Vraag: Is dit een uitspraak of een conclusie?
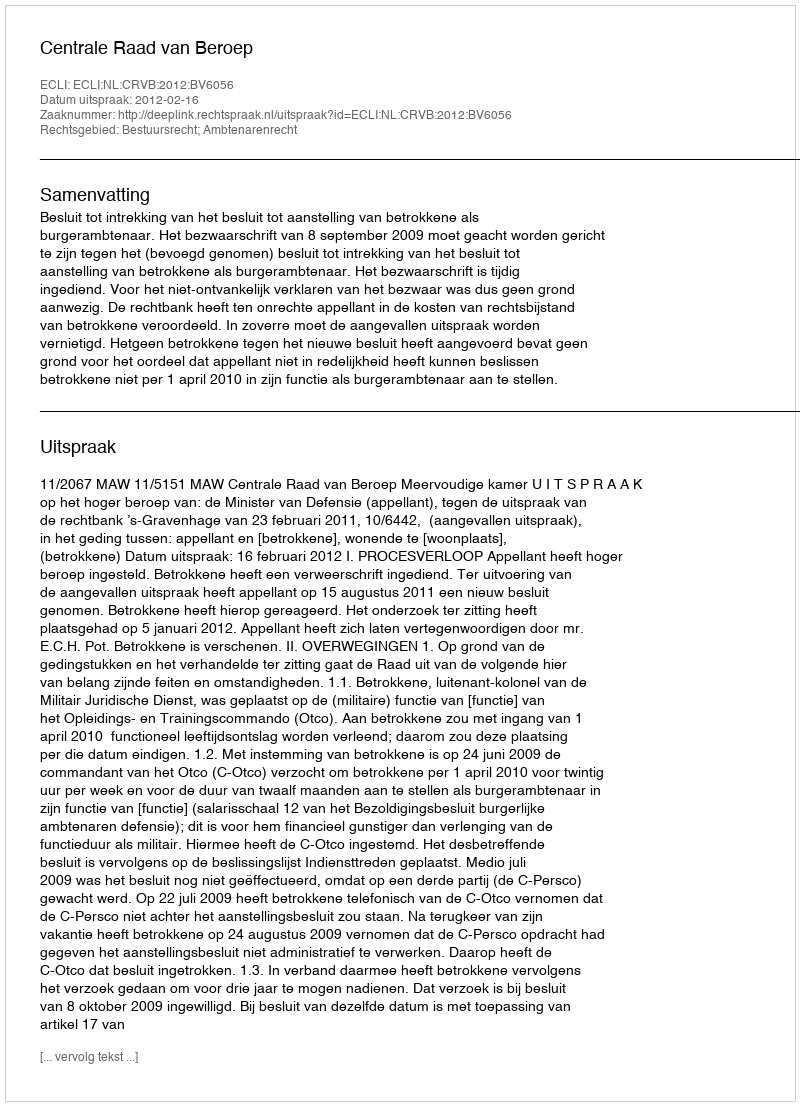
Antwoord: Uitspraak